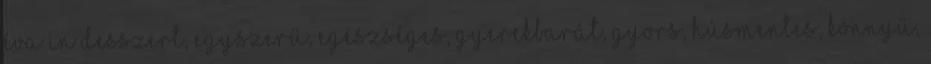
Éva in desszert, egyszerű, egészséges, gyerekbarát, gyors, húsmentes, könnyű,